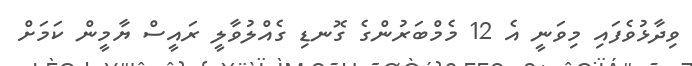
ވިދާޅުވެފައި މިވަނީ އެ 12 މެމްބަރުންގެ ގޮނޑި ގެއްލުވާލީ ރައީސް ޔާމީން ކަމަށް